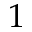
1